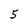
Character: 5